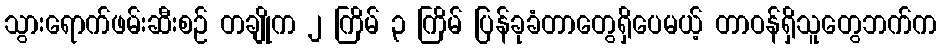
သွားရောက်ဖမ်းဆီးစဉ် တချိုက ၂ ကြိမ် ၃ ကြိမ် ပြန်ခုခံတာတွေရှိပေမယ့် တာဝန်ရှိသူတွေဘက်က